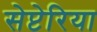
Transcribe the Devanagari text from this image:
सेप्टेरिया